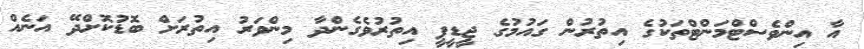
އާ އިންވެސްޓްމަންޓްތަކުގެ އިތުރުން ގައުމުގެ ޖީޑީޕީ އިތުރުވެގެންދާ މިންވަރު އިތުރަށް ބޮޑުކޮށްދޭ އަނެއް